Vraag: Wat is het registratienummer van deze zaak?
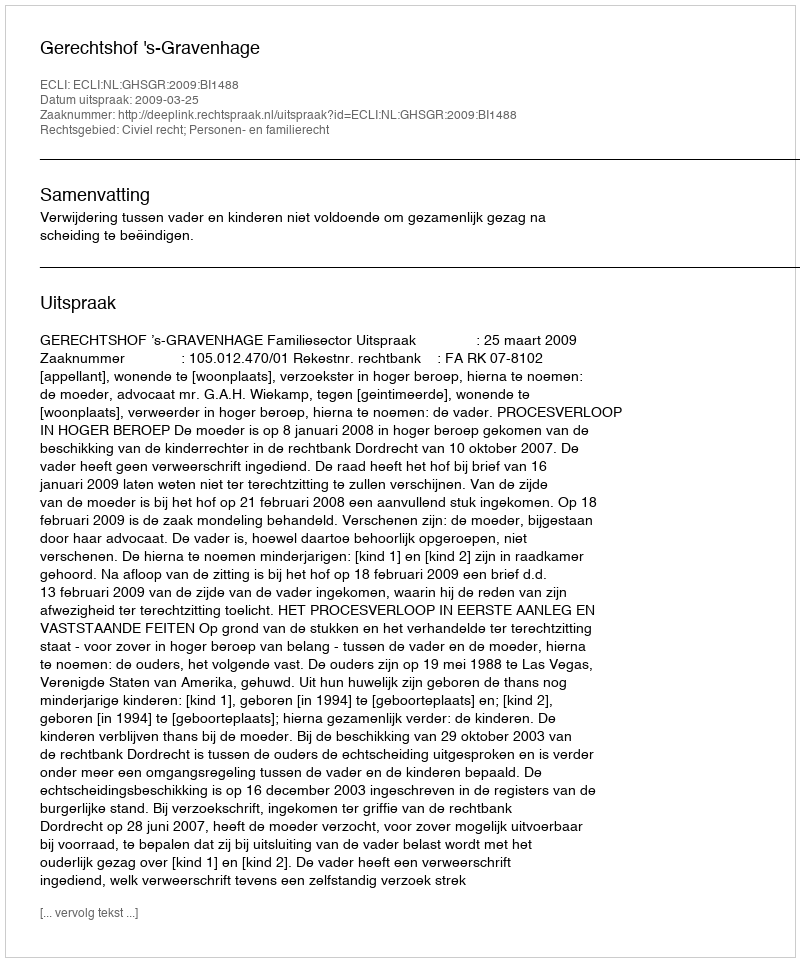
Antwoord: http://deeplink.rechtspraak.nl/uitspraak?id=ECLI:NL:GHSGR:2009:BI1488